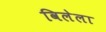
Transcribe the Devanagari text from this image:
विलेला